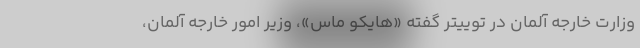
وزارت خارجه آلمان در توییتر گفته «هایکو ماس»، وزیر امور خارجه آلمان،